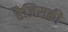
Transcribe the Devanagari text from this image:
हैजिसकी